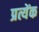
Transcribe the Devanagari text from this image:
प्रत्येंक